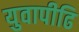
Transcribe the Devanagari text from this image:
युवापीढि